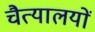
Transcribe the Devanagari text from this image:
चैत्यालयों